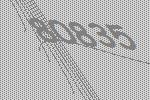
80835